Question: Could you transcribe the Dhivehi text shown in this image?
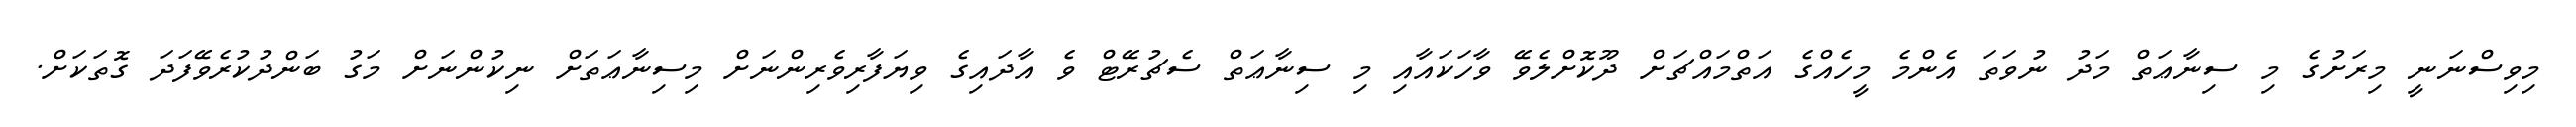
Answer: މިވިސްނަނީ މިރަށުގެ މި ސިނާޢަތް މަދު ނުވަތަ އެންމެ މީހެއްގެ އަތްމައްޗަށް ދޫކޮށްލެވޭ ވާހަކައާއި މި ސިނާޢަތް ސެޗުރޭޓް ވެ އާދައިގެ ވިޔަފާރިވެރިންނަށް މިސިނާޢަތަށް ނިކުންނަށް މަގު ބަންދުކުރެވޭފަދަ ގޮތަކަށް.